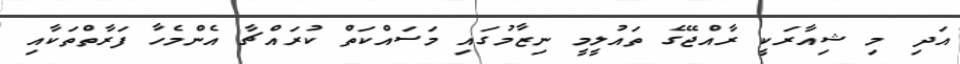
އަދި މި ޝިއާރަކީ ރާއްޖޭގެ ތައުލީމީ ނިޒާމުގައި މަސައްކަތް ކުރައްޗާ އެންމެހާ ފަރާތްތަަކާއި